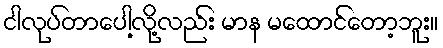
ငါလုပ်တာပေါ့လို့လည်း မာန မထောင်တော့ဘူး။